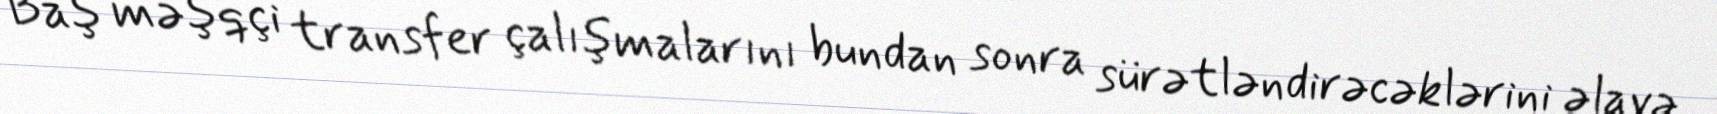
Baş məşqçi transfer çalışmalarını bundan sonra sürətləndirəcəklərini əlavə